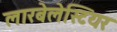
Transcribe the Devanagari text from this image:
लारबेलेस्टियर